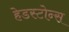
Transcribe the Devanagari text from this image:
हेडस्टोन्स